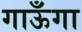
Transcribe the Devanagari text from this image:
गाऊँगा